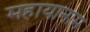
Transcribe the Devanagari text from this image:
महायानाम